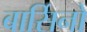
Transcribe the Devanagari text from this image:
बार्सिनो